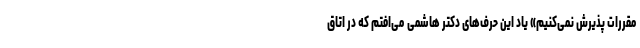
مقررات پذیرش نمی‌کنیم» یاد این حرف‌های دکتر هاشمی می‌افتم که در اتاق